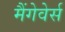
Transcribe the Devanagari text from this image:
मैंगेवेर्स